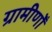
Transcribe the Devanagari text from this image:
ग्रामीणोँ